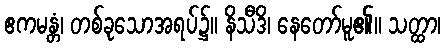
ဧကမန္တံ၊ တစ်ခုသောအရပ်၌။ နိသီဒိ၊ နေတော်မူ၏။ သတ္ထာ၊